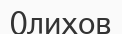
Олихов